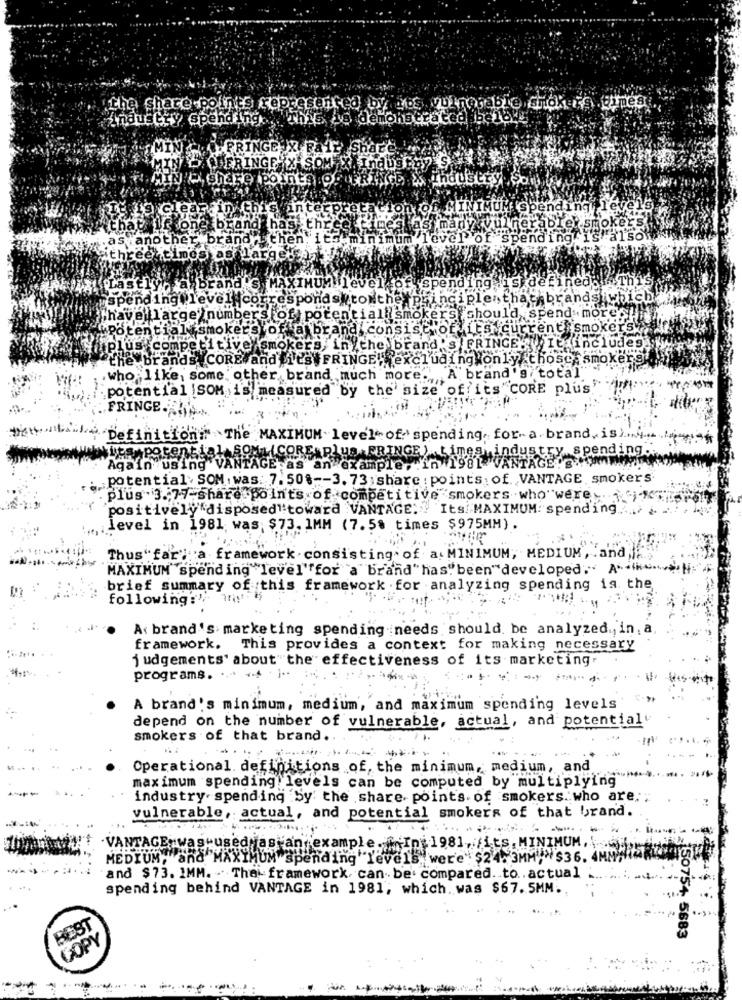
the share points represented by tes vulnerable snoker cinese
industry spending.
This
o demonstrated bei bkg
NGE
AXASOM
nts :p
Industry . So
Finter
and
brand has
thre
herable: smoker
nother bra
level of spending is alsol
IMUM level of spending is defined !
rand's
spending level.com
responds to the principlesthat brands iwhich.
have large numbers of potential smokers should spend mo
Potentia
moker's
of a brand consist o
Vits Cur
renta smokers
and'S . FRINGE. It includes
Econ
Itivey
mok
in the b
CORE and its FRINGE, excluding only those, smokers
.who like, some other brand much more. A brand's total
. potential SOM is measured by the size of its" CORE plus
FRINGE.
Definition"" The MAXIMUM level of. spending, for-a.brand, is) ...
its potenti
spending
"RINGE).Limeghindus
Again using
amp
potential. SOM . was: 7. 50% -- 3. 73; share : points: of. VANTAGE smokers.
plus 3.77-share poin'ts of competitive smokers who"were .i
positively disposed toward VANTAGE: Its/ MAXIMUM: spending ..
level in 1981 was; $73. 1MM (7. 5% times $975MM).
Thus"farla framework consisting of as MINIMUM, MEDIUM , and ,
MAXIMUM"spending "level"for "a"brand"has"been"developed." A
brief summary of this framework . for analyzing spending is. the
following?"
A: brand's marketing spending needs should be analyzed ., in,
framework.
This provides a context for making necessary
judgements' about the effectiveness of its marketing.
programs.
-
A brand's minimum, medium, and maximum spending levels
depend on the number of vulnerable, actual, and potential
smokers of that brand ..
Operational. definitions of, the minimum, medium, and
maximum spending levels can be computed by multiplying
industry. spending :Sy the share points. of smokers. who are,
vulnerable, actual, and potential smokers of that brand.
--
·VANTAGE: was used jas an example. " In 1981, /it's. MINIMUM,
MEDIUM, and MAXIMUM spending levels were" $24.3MM" >$36.
-and $73. 1MM. . The- framework, can be compared .. to .. actual
spending behind VANTAGE in 1981; which. was $67. 5MM.
BEST
50754 5683